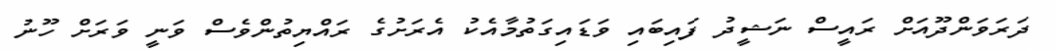
ދަރަވަންދޫއަށް ރައީސް ނަޝީދު ފައިބައި ވަޑައިގަތުމާއެކު އެރަށުގެ ރައްޔިތުންވެސް ވަނީ ވަރަށް ހޫނު